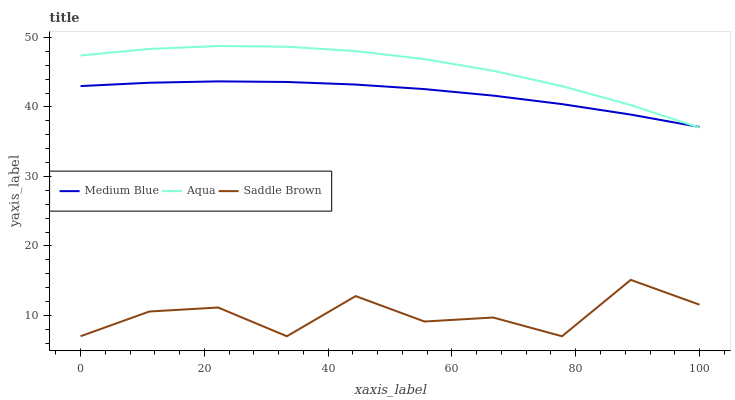
| xaxis_label | Medium Blue | Aqua | Saddle Brown |
 | --- | --- | --- | --- |
 | 0 | 43 | 47.4 | 7 |
 | 11.1 | 43.5 | 48.4 | 10.6 |
 | 22.2 | 43.7 | 48.8 | 11.1 |
 | 33.3 | 43.6 | 48.7 | 7 |
 | 44.4 | 43.2 | 48 | 12.8 |
 | 55.6 | 42.6 | 46.9 | 9.12 |
 | 66.7 | 41.6 | 45.2 | 9.7 |
 | 77.8 | 40.4 | 43 | 7 |
 | 88.9 | 38.9 | 40.3 | 15.1 |
 | 100 | 37.1 | 37 | 11.5 |